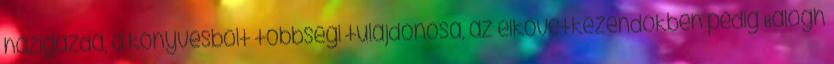
házigazda, a könyvesbolt többségi tulajdonosa, az elkövetkezendőkben pedig Balogh